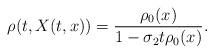
LaTeX: \begin{align*}\rho(t, X(t, x))&= \frac{\rho_0(x)}{1 - \sigma_2 t \rho_0(x)}.\end{align*}